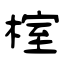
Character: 榁